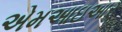
એમઆઇઆર